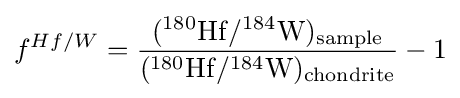
f^{Hf/W}={\frac {(^{180}{\rm {Hf}}/^{184}{\rm {W}})_{\rm {sample}}}{(^{180}{\rm {Hf}}/^{184}{\rm {W}})_{\rm {chondrite}}}}-1